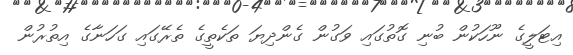
އިޓަލީގެ ނޫހަކުން ބުނި ގޮތުގައި ވަގުން ގެންދިޔަ ތަކެތީގެ ތެރޭގައި ގަހަނާގެ އިތުރުން